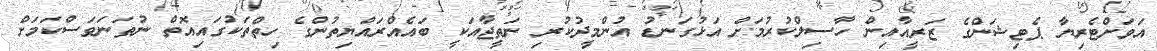
އަވަށްޓެރިޔާ ޕެޓިޝަންގެ ޒަރީއާއިން ހާސިލްކުރުމަށް އަޅުގަނޑު އުންމީދުކުރި ނަތީޖާއަކީ ބައެއްރައްޔިތުންގެ ހިތްތަކުގައިއޮތް ނުތަނަވަސްކަމަށް